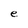
Character: e